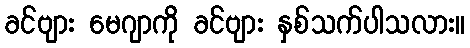
ခင်ဗျား မေဂျာကို ခင်ဗျား နှစ်သက်ပါသလား။